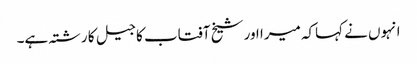
انہوں نے کہاکہ میرا اور شیخ آفتاب کا جیل کا رشتہ ہے۔